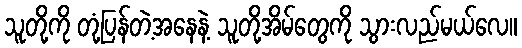
သူတို့ကို တုံ့ပြန်တဲ့အနေနဲ့ သူတို့အိမ်တွေကို သွားလည်မယ်လေ။